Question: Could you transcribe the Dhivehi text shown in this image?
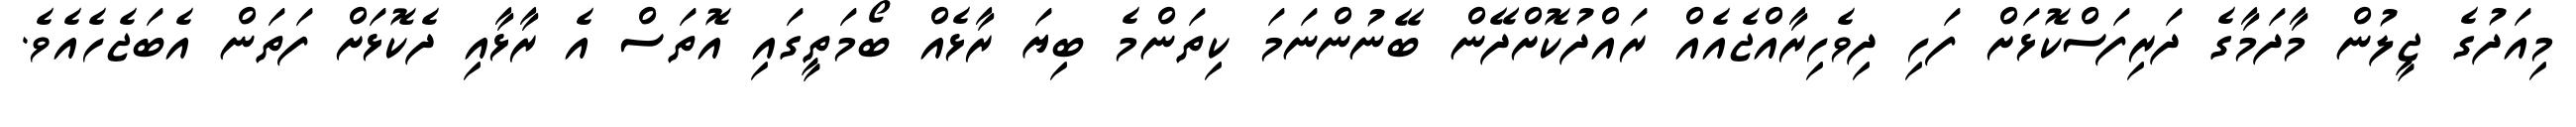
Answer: މިއަދުގެ ޖީލުން މާދަމާގެ ދަރިފަސްކޮޅަށް ފަހި ދިވެހިރާއްޖެއެއް ރައްދުކޮށްދޭން ބޭނުންނަމަ ކިތަންމެ ބިޔަ ރާޅެއް ބޯމަތީގައި އޮތަސް އެ ރާޅާއި ދެކޮޅަށް ފަތަން އެބަޖެހެއެވެ.